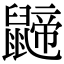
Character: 𪕬